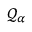
{ \mathcal { Q } } _ { \alpha }